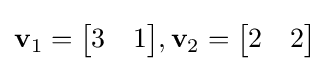
\mathbf {v} _{1}={\begin{bmatrix}3&1\end{bmatrix}},\mathbf {v} _{2}={\begin{bmatrix}2&2\end{bmatrix}}